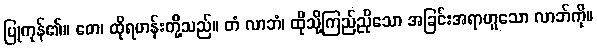
ပြုကုန်၏။ တေ၊ ထိုရဟန်းတို့သည်။ တံ လာဘံ၊ ထိုသို့ကြည်ညိုသော အခြင်းအရာဟူသော လာဘ်ကို။